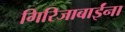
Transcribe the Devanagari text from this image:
गिरिजाबाईंना